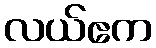
လယ်ဧက